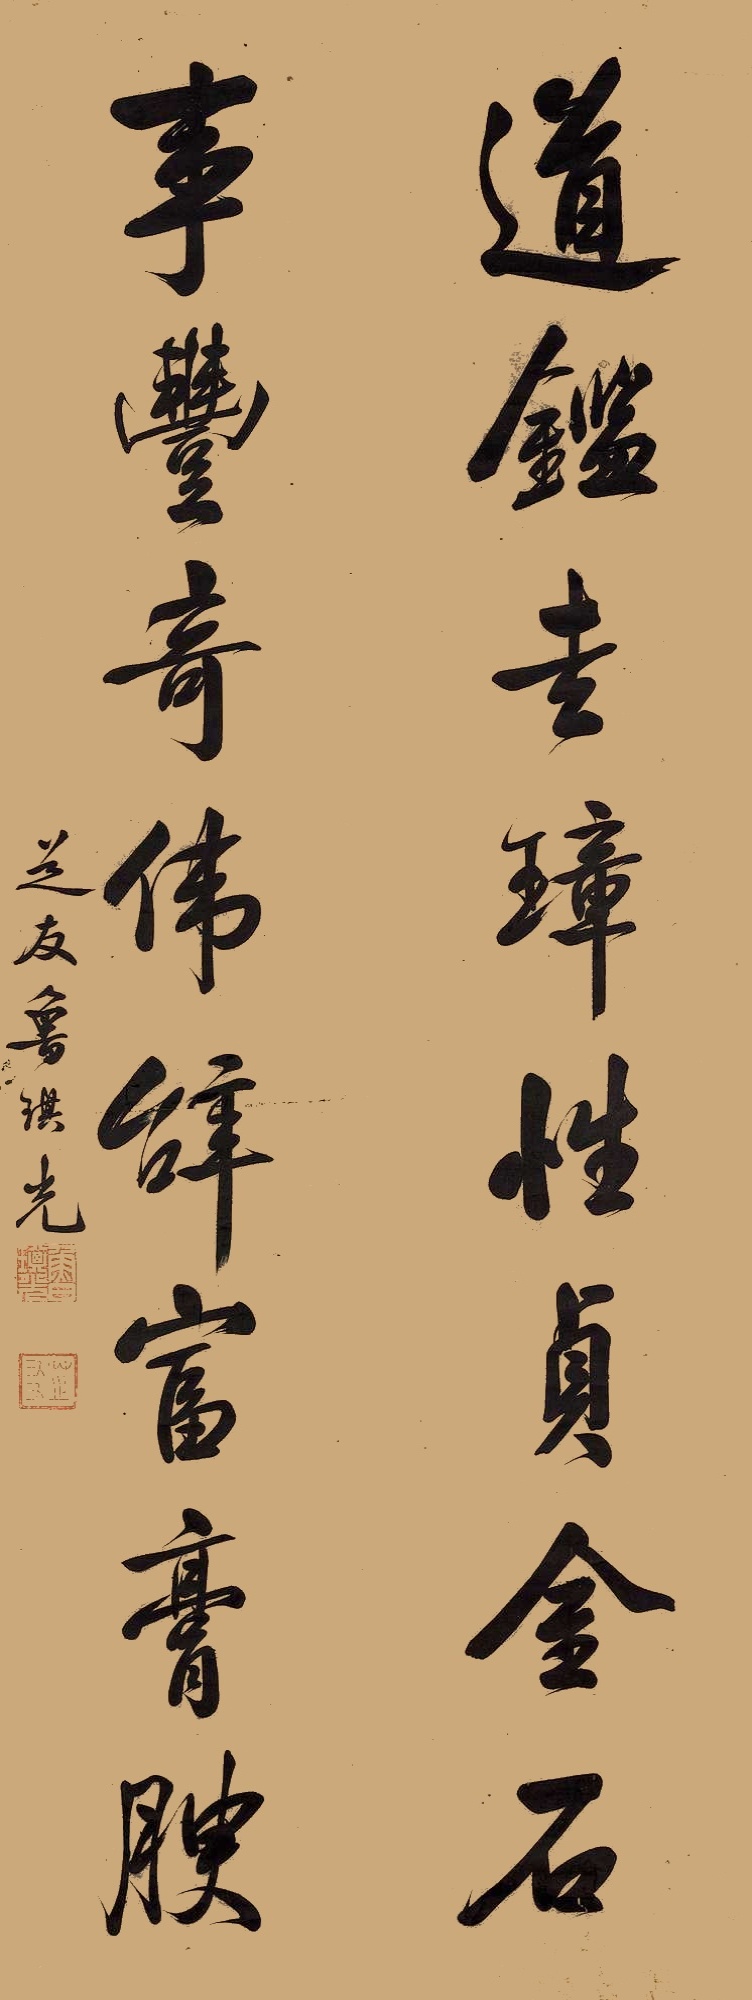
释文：道鉴圭璋性贞金石，事丰奇伟辞富膏腴。芝友鲁琪光。